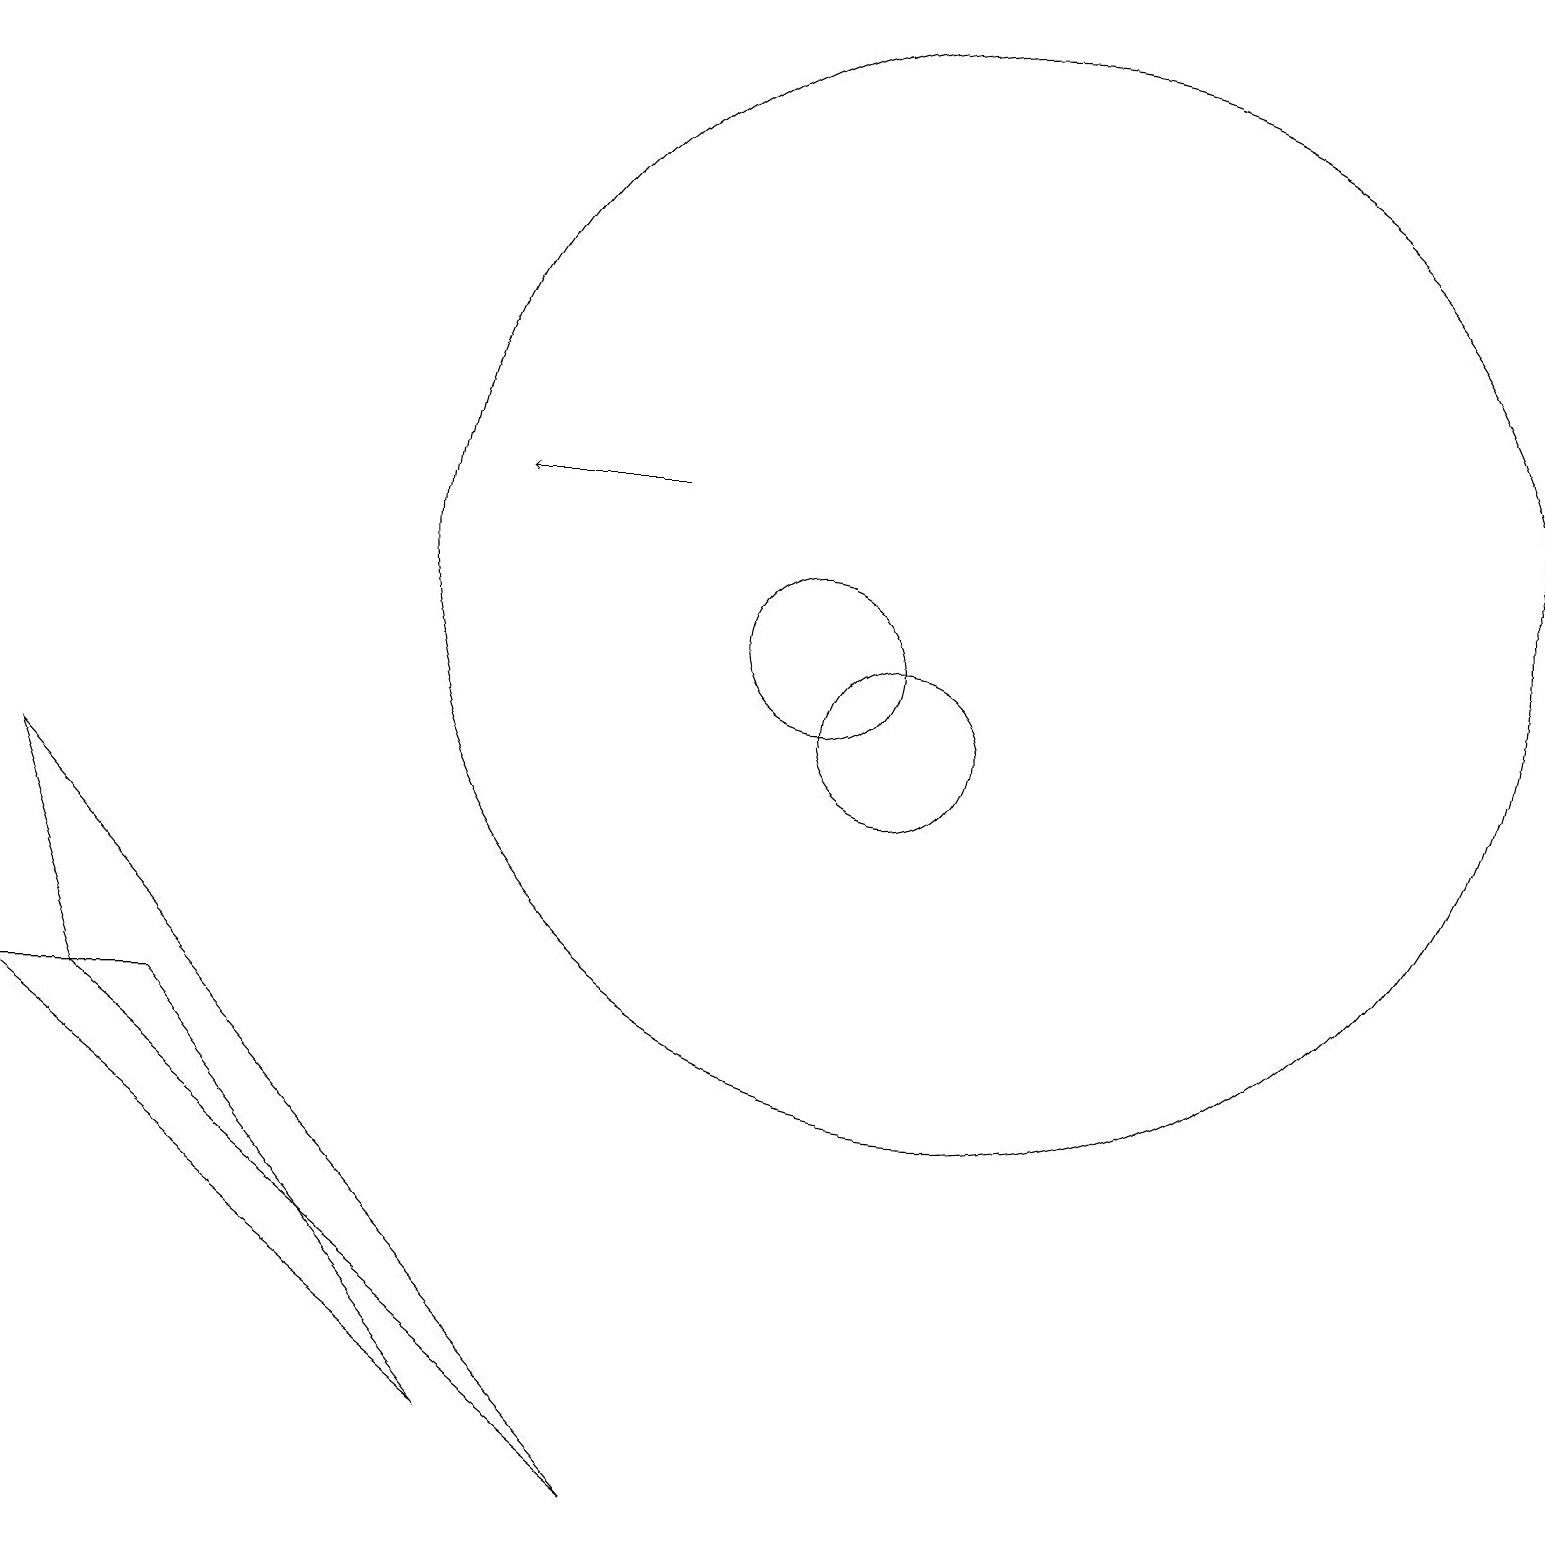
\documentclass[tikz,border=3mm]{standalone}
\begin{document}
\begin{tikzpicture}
\draw[->] (8,13) -- (6,13);
\draw (10,11) circle (1);
\draw (12,12) circle (7);
\draw (8,0) -- (1,6) -- (0,9) -- cycle;
\draw (0,6) -- (2,6) -- (6,1) -- cycle;
\draw (11,10) circle (1);
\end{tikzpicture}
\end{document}